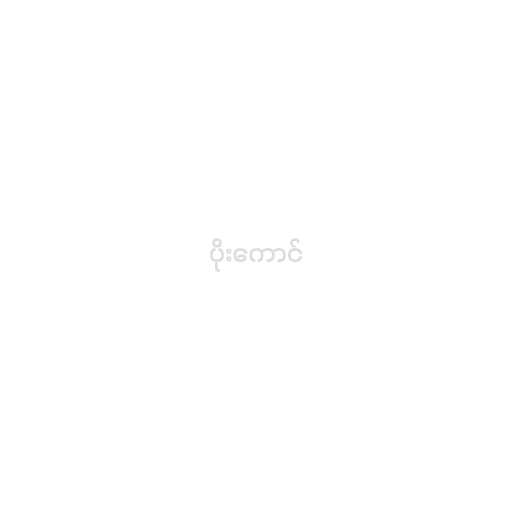
ပိုးကောင်